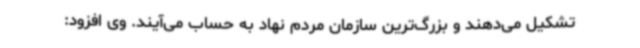
تشکیل می‌دهند و بزرگ‌ترین سازمان مردم نهاد به حساب می‌آیند. وی افزود: